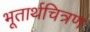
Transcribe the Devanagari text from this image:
भूतार्थचित्रण